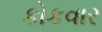
કોકવાર